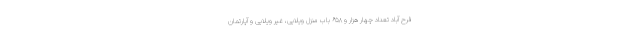
فرح آباد تعداد چهار هزار و ۶۵۸ باب منزل ویلایی، غیر ویلایی و آپارتمان